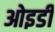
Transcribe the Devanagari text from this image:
ओइडी